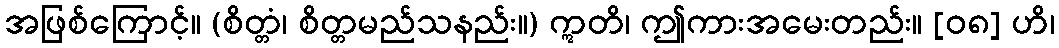
အဖြစ်ကြောင့်။ (စိတ္တံ၊ စိတ္တမည်သနည်း။) ဣတိ၊ ဤကားအမေးတည်း။ [၀၈] ဟိ၊